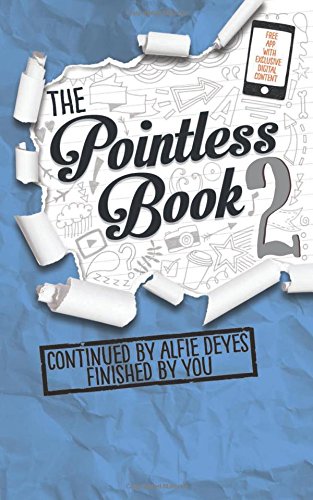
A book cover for Pointless Book 2: Continued By Alfie Deyes Finished By You; Alfie Deyes; Humor & Entertainment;